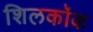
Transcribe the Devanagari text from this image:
शिलकॉक